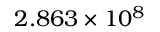
2 . 8 6 3 \times 1 0 ^ { 8 }